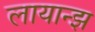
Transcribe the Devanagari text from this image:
लायान्झ